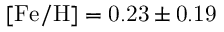
\mathrm { { [ F e / H ] = 0 . 2 3 \pm 0 . 1 9 } }